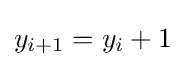
y_{i+1}=y_{i}+1